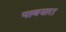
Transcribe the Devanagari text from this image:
पावनारा